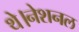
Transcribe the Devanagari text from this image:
थे।नेशनल